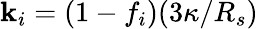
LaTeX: \mathbf{k}_{i}=(1-f_{i})(3\kappa/R_{s})